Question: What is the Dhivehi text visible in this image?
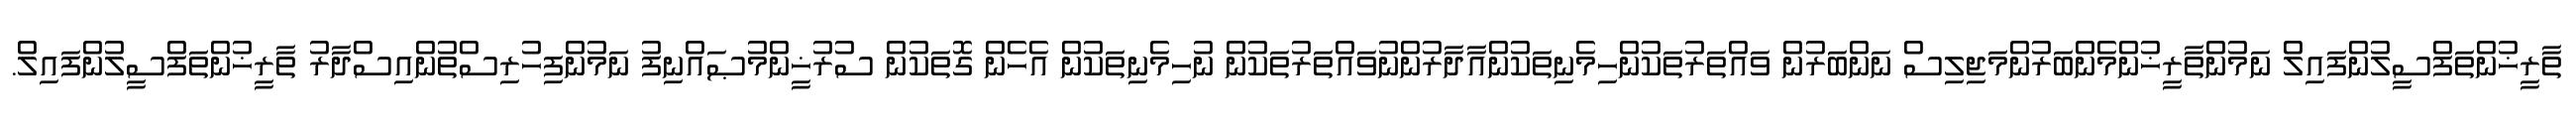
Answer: ތާރީޚުންތަފްސީލުންފައިލް ނަމުންތާރީޚުންމެންބަރުންމަޖިލިސް ނަންބަރުން ވައްތަރުތަކުންހިމެނިތަކުންއާދާރުންނުވައްތަރުތަކުން ނުހިމެނިތަކުން އެހެން ގޮތަކުން ސުރުޚީންމުޞައްނިފު ނަމުންފިހުރިސްތުންއިސްދާރު ތާރީޚުންތަފްސީލުންފައިލް.